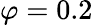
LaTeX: \varphi=0.2